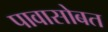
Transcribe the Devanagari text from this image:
पावासोबत